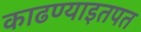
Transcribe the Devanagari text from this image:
काढण्याइतपत